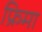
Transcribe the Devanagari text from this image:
फ्रिमा